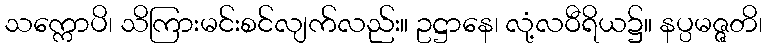
သက္ကောပိ၊ သိကြားမင်းစင်လျက်လည်း။ ဥဋ္ဌာနေ၊ လုံ့လဝီရိယ၌။ နပ္ပမဇ္ဇတိ၊